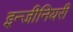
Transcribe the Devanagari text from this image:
इन्जीनियरी